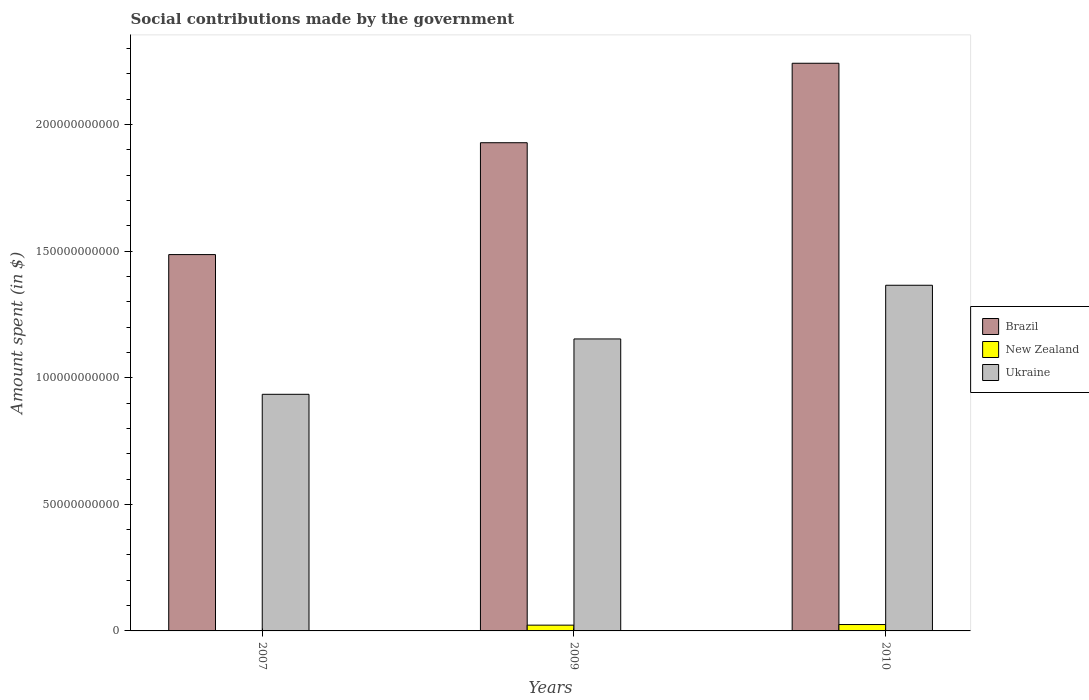
| Years | Brazil | New Zealand | Ukraine |
 | --- | --- | --- | --- |
 | 2007 | 1.49e+11 | 1.01e+08 | 9.35e+10 |
 | 2009 | 1.93e+11 | 2.28e+09 | 1.15e+11 |
 | 2010 | 2.24e+11 | 2.52e+09 | 1.37e+11 |